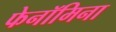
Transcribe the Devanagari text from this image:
फेनॉमिना